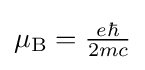
{\textstyle \mu _{\rm {B}}={\frac {e\hbar }{2mc}}}